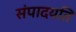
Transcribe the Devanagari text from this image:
संपादयति